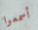
أسمعوا